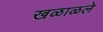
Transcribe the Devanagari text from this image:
खळाळले